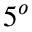
5 ^ { o }